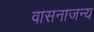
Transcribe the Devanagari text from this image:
वासनाजन्य